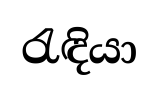
රැඳියා